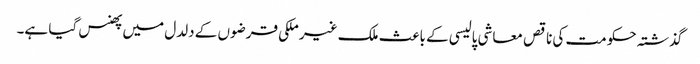
گذشتہ حکومت کی ناقص معاشی پالیسی کے باعث ملک غیر ملکی قرضوں کے دلدل میں پھنس گیا ہے۔